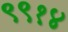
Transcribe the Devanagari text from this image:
९९१४